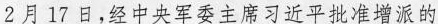
2月17日，经中央军委主席习近平批准增派的